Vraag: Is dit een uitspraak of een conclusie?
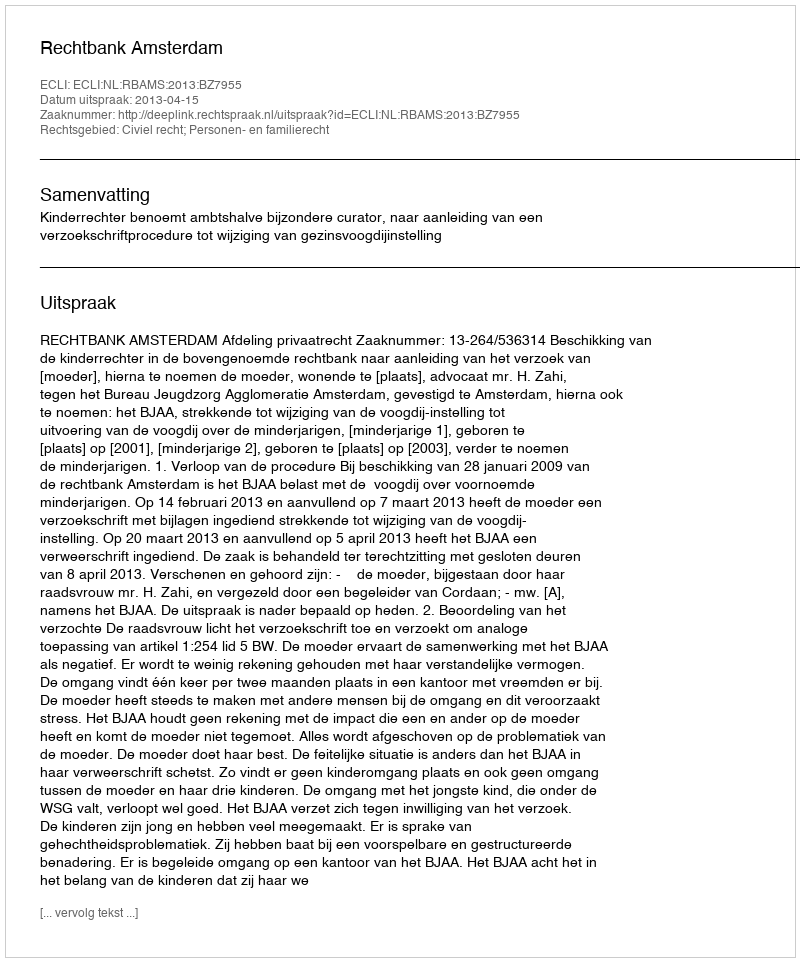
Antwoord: Uitspraak